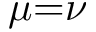
\mu { = } \nu